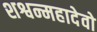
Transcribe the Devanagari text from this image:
शश्वन्महादेवो